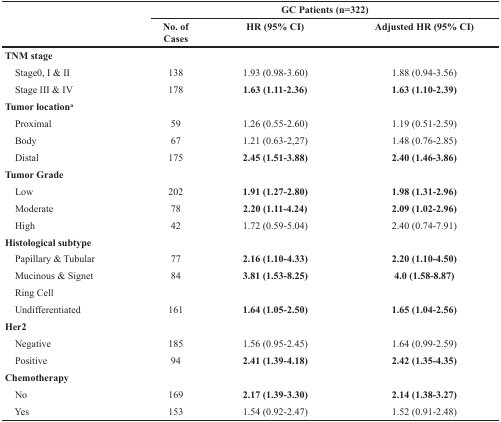
<table><thead><tr><td rowspan="2"></td><td colspan="3"><b>GC Patients (n=322)</b></td></tr><tr><td><b>No. of Cases</b></td><td><b>HR (95% CI)</b></td><td><b>Adjusted HR (95% CI)</b></td></tr></thead><tbody><tr><td><b>TNM stage</b></td><td></td><td></td><td></td></tr><tr><td> Stage0, I &amp; II</td><td>138</td><td>1.93 (0.98-3.60)</td><td>1.88 (0.94-3.56)</td></tr><tr><td> Stage III &amp; IV</td><td>178</td><td><b>1.63 (1.11-2.36)</b></td><td><b>1.63 (1.10-2.39)</b></td></tr><tr><td><b>Tumor location<sup>a</sup></b></td><td></td><td></td><td></td></tr><tr><td> Proximal</td><td>59</td><td>1.26 (0.55-2.60)</td><td>1.19 (0.51-2.59)</td></tr><tr><td> Body</td><td>67</td><td>1.21 (0.63-2,27)</td><td>1.48 (0.76-2.85)</td></tr><tr><td> Distal</td><td>175</td><td><b>2.45 (1.51-3.88)</b></td><td><b>2.40 (1.46-3.86)</b></td></tr><tr><td><b>Tumor Grade</b></td><td></td><td></td><td></td></tr><tr><td> Low</td><td>202</td><td><b>1.91 (1.27-2.80)</b></td><td><b>1.98 (1.31-2.96)</b></td></tr><tr><td> Moderate</td><td>78</td><td><b>2.20 (1.11-4.24)</b></td><td><b>2.09 (1.02-2.96)</b></td></tr><tr><td> High</td><td>42</td><td>1.72 (0.59-5.04)</td><td>2.40 (0.74-7.91)</td></tr><tr><td><b>Histological subtype</b></td><td></td><td></td><td></td></tr><tr><td> Papillary &amp; Tubular</td><td>77</td><td><b>2.16 (1.10-4.33)</b></td><td><b>2.20 (1.10-4.50)</b></td></tr><tr><td> Mucinous &amp; Signet</td><td>84</td><td><b>3.81 (1.53-8.25)</b></td><td><b>4.0 (1.58-8.87)</b></td></tr><tr><td> Ring Cell</td><td></td><td></td><td></td></tr><tr><td> Undifferentiated</td><td>161</td><td><b>1.64 (1.05-2.50)</b></td><td><b>1.65 (1.04-2.56)</b></td></tr><tr><td><b>Her2</b></td><td></td><td></td><td></td></tr><tr><td> Negative</td><td>185</td><td>1.56 (0.95-2.45)</td><td>1.64 (0.99-2.59)</td></tr><tr><td> Positive</td><td>94</td><td><b>2.41 (1.39-4.18)</b></td><td><b>2.42 (1.35-4.35)</b></td></tr><tr><td><b>Chemotherapy</b></td><td></td><td></td><td></td></tr><tr><td> No</td><td>169</td><td><b>2.17 (1.39-3.30)</b></td><td><b>2.14 (1.38-3.27)</b></td></tr><tr><td> Yes</td><td>153</td><td>1.54 (0.92-2.47)</td><td>1.52 (0.91-2.48)</td></tr></tbody></table>